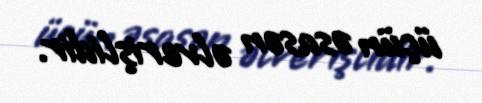
üçün əsasən əlverişlidir.